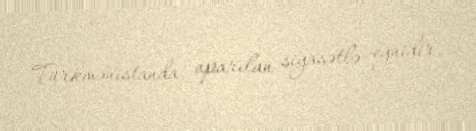
Türkmənistanda aparılan siyasətlə eynidir.